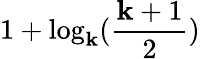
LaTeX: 1+\log_{\mathbf{k}}(\frac{{\mathbf{k}+1}}{{2}})